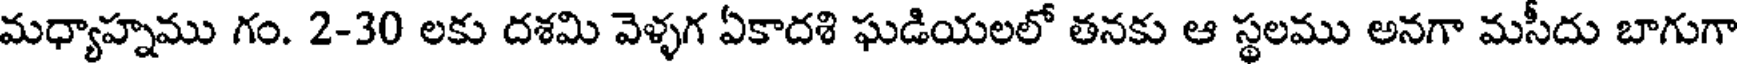
మధ్యాహ్నము గం. 2-30 లకు దశమి వెళ్ళగ ఏకాదశి ఘడియలలో తనకు ఆ స్థలము అనగా మసీదు బాగుగా